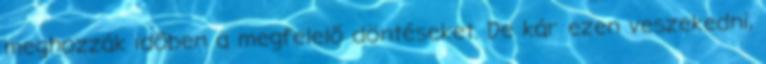
meghozzák időben a megfelelő döntéseket. De kár ezen veszekedni,